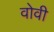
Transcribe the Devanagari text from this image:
वोवी